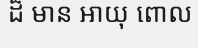
ដ៏ មាន អាយុ ពោល